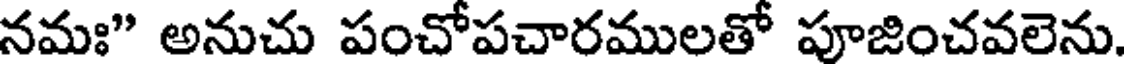
నమః" అనుచు పంచోపచారములతో పూజించవలెను